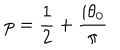
p = \frac 1 2 + \frac { i \theta _ { 0 } } \pi